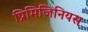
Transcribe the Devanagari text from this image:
प्रिमिजिनियस